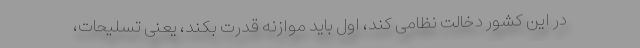
در این کشور دخالت نظامی کند، اول باید موازنه قدرت بکند، یعنی تسلیحات،